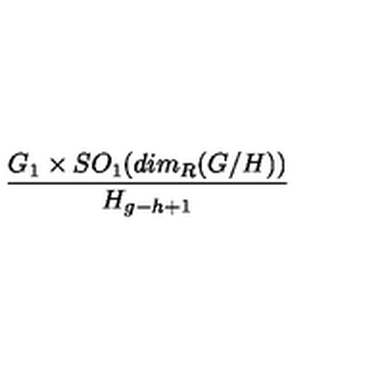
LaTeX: \frac { G _ { 1 } \times S O _ { 1 } ( d i m _ { R } ( G / H ) ) } { H _ { g - h + 1 } }